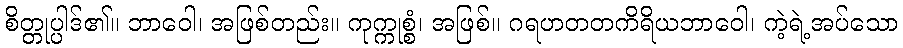
စိတ္တုပ္ပါဒ်၏။ ဘာဝေါ၊ အဖြစ်တည်း။ ကုက္ကုစ္စံ၊ အဖြစ်။ ဂရဟတတကိရိယဘာဝေါ၊ ကဲ့ရဲ့အပ်သော